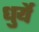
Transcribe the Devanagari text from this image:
धुर्ये